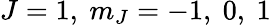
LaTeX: J=1,\ m_{J}=-1,\ 0,\ 1